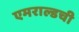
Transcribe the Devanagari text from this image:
एमराल्डची